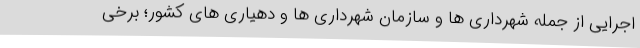
اجرایی از جمله شهرداری ها و سازمان شهرداری ها و دهیاری های کشور؛ برخی